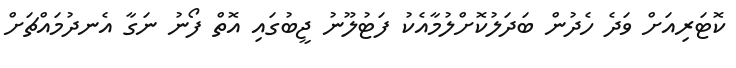
ކޮޓަރިއަށް ވަދެ ހެދުން ބަދަލުކޮށްލުމާއެކު ފަޓުލޫނު ޖީބުގައި އޮތް ފޯނު ނަގާ އެނދުމައްޗަށް